Vaccination in the Punjab 1897-1904 - 1897-1904
Year: 1897
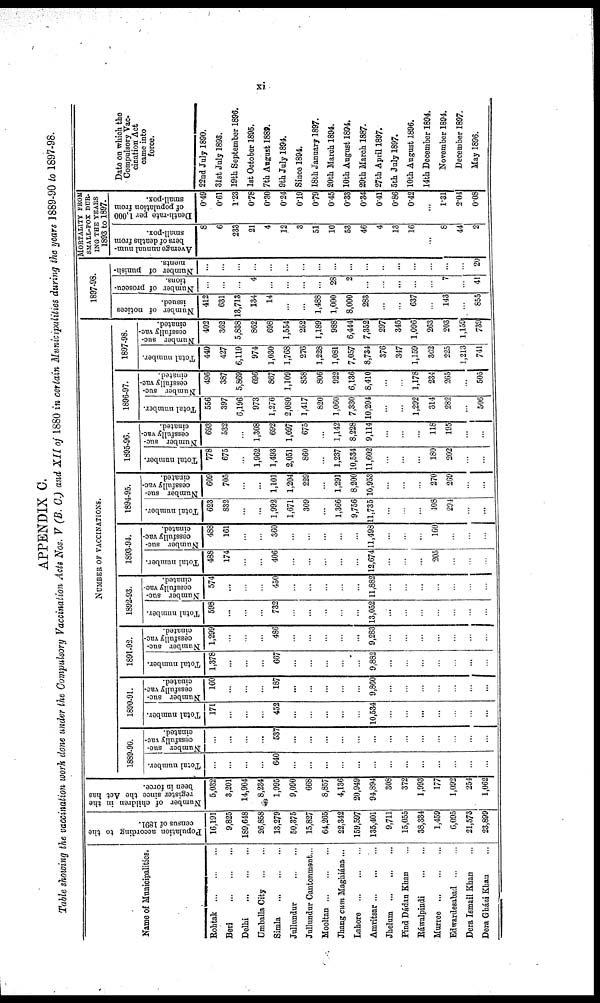
xi
APPENDIX C.
Table showing the vaccination work done under the Compulsory Vaccination Acts Nos. V (B. C.) and XII of 1880 in certain Municipalities during the years 1889-90 to 1897-98.
Name of Municipalities.
Rohtak
...
...
...
Beri
...
...
...
Delhi
...
...
...
Umballa City
...
...
Simla
...
...
...
Jullundur
...
...
Jullundur Cantonment...
Mooltan
...
...
...
Jhang cum Maghiána ...
Lahore
...
...
...
Amritsar ... ... ...
Jhelum
...
...
...
Pind Dádan Khan ...
Ráwalpindi
...
...
Murree
...
...
...
Edwardesabad
...
...
Dera Ismail Khan ...
Dera Gházi Khan ...
Population according to the
census of 1891.
16,191
9,825
189,648
26,858
13,279
50,375
15,827
64,265
22,342
159,597
135,401
9,711
15,055
38,334
1,459
6,095
21,573
23,899
Number of children in the
register since the Act has
been in force.
5,032
3,201
14,904
8,234
1,995
9,090
668
8,857
4,136
20,949
94,894
308
372
1,993
177
1,092
254
1,062
NUMBER OF VACCINATIONS.
1889-90.
Total number.
...
...
...
...
640
...
...
...
...
...
...
...
...
...
...
...
...
...
Number suc-
cessfully vac-
cinated.
...
...
...
...
537
...
...
...
...
...
...
...
...
...
...
...
...
...
1890-91.
Total number.
171
...
...
...
452
...
...
...
...
...
10,534
...
...
...
...
...
...
...
Number suc-
cessfully vac-
cinated.
160
...
...
...
187
...
...
...
...
...
9,860
...
...
...
...
...
...
...
1891-92.
Total number.
1,378
...
...
...
667
...
...
...
...
...
9,882
...
...
...
...
...
...
...
Number suc-
cessfully vac-
cinated.
1,299
...
...
...
486
...
...
...
...
...
9,283
...
...
...
...
...
...
...
1892-93.
Total number.
598
...
...
...
732
...
...
...
...
...
13,052
...
...
...
...
...
...
...
Number suc-
cessfully vac-
cinated.
574
...
...
...
450
...
...
...
...
...
11,882
...
...
...
...
...
...
...
1893-94.
Total number.
488
174
...
...
406
...
...
...
...
...
12,674
...
...
...
205
...
...
...
Number suc-
cessfully vac-
cinated.
488
161
...
...
360
...
...
...
...
...
11,498
...
...
...
160
...
...
...
1894-95.
Total number.
623
832
...
...
1,992
1,671
309
...
1,366
9,756
11,735
...
...
...
408
294
...
...
Number suc-
cessfully vac-
cinated.
609
705
...
...
1,101
1,204
229
...
1,291
8,200
10,953
...
...
...
270
269
...
...
1895-96.
Total number.
778
675
...
1,962
1,493
2,051
860
...
1,237
10,534
11,602
...
...
...
180
202
...
...
Number suc-
cessfully vac-
cinated.
693
532
...
1,308
692
1,097
675
...
1,142
8,228
9,114
...
...
...
118
195
...
...
1896-97.
Total number.
556
397
6,196
973
1,276
2,080
1,417
820
1,060
7,330
10,204
...
...
1,292
314
282
...
506
Number suc-
cessfully vac-
cinated.
496
387
5,869
696
867
1,109
858
806
922
6,136
8,410
...
...
1,178
234
265
...
505
1897-98.
Total number.
440
427
6,119
974
1,030
1,768
276
1,228
1,081
7,057
8,734
376
347
1,159
302
225
1,213
741
Number suc-
cessfully vac-
cinated.
402
362
5,838
862
698
1,554
252
1,189
988
6,444
7,352
297
345
1,096
263
203
1,159
739
1897-98.
Number of notices
issued.
412
631
13,713
134
14
...
...
1,488
1,000
8,000
283
...
...
637
...
143
...
855
Number of prosecu-
tions.
...
...
...
4
...
...
...
...
28
2
...
...
...
...
...
7
...
41
Number of punish-
ments.
...
...
...
...
...
...
...
...
...
...
...
...
...
...
...
...
...
20
MORTALITY FROM
SMALL-POX DUR-
ING THE YEARS
1893 to 1897.
Average annual num-
bers of deaths from
small-pox.
8
6
233
21
4
12
3
51
10
53
46
4
13
16
...
8
44
2
Death-rate per 1,000
of population from
small-pox.
0.49
0.61
1.23
0.78
0.30
0.24
0.19
0.79
0.45
0.33
0.34
0.41
0.86
0.42
...
1.31
2.04
0.08
Date on which the
Compulsory Vac-
cination Act
came into
force.
22nd July 1890.
31st July 1893.
19th September 1896.
1st October 1895.
7th August 1889.
9th July 1894.
Since 1894.
18th January 1897.
20th March 1894.
10th August 1894.
29th March 1887.
27th April 1897.
5th July 1897.
10th August 1896.
14th December 1894.
November 1894.
December 1897.
May 1896.